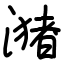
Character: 潴